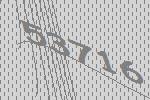
53716